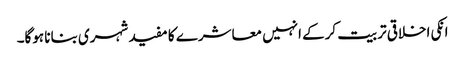
انکی اخلاقی تربیت کرکے انہیں معاشرے کا مفید شہری بنانا ہوگا۔